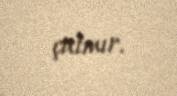
çatmır.